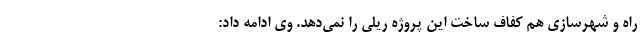
راه و شهرسازی هم کفاف ساخت این پروژه ریلی را نمی‌دهد. وی ادامه داد: